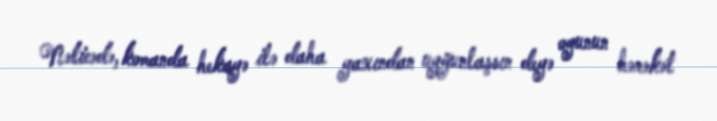
Nəticədə, komanda hekayə ilə daha yaxından uyğunlaşsın deyə oyunun hərəkət